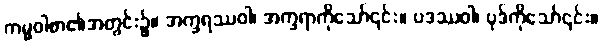
ကမ္မဝါစာ၏အတွင်း၌။ အက္ခရဿဝါ၊ အက္ခရာကိုသော်၎င်း။ ပဒဿဝါ၊ ပုဒ်ကိုသော်၎င်း။